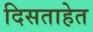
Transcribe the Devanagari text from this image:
दिसताहेत